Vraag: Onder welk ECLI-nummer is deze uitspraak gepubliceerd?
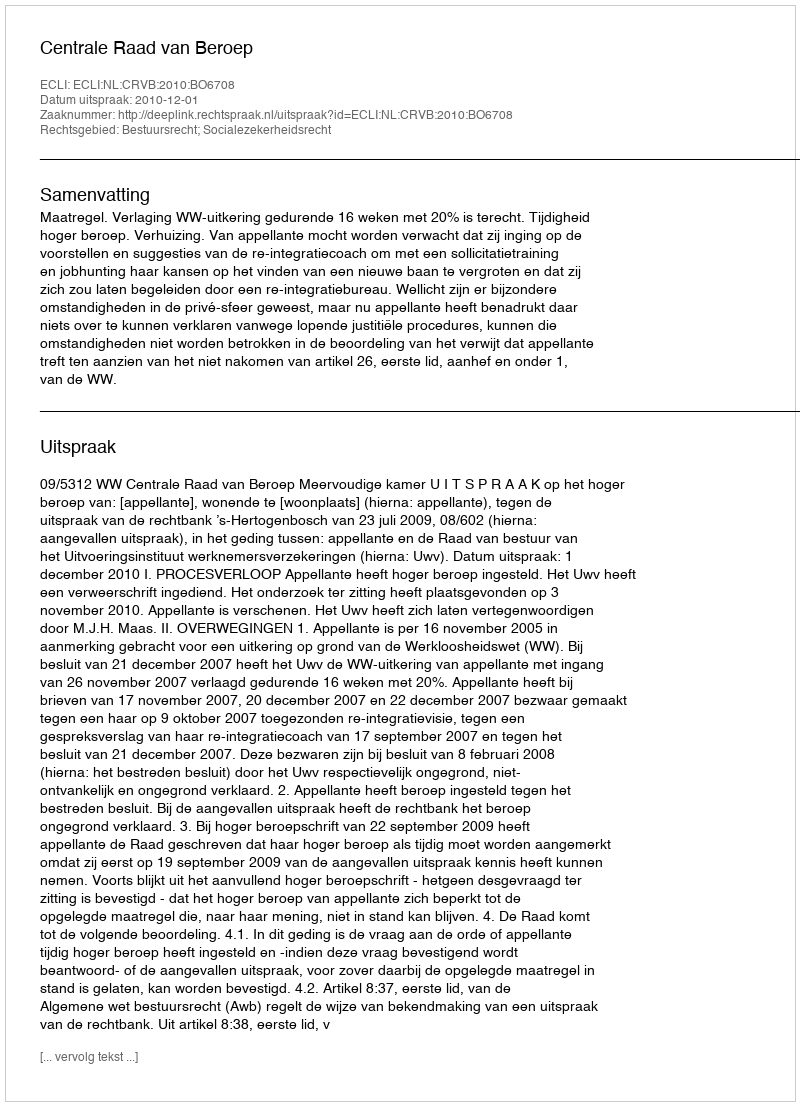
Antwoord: ECLI:NL:CRVB:2010:BO6708